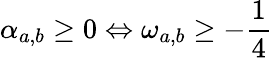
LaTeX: \alpha_{a,b}\geq 0\Leftrightarrow\omega_{a,b}\geq-\frac{1}{4}